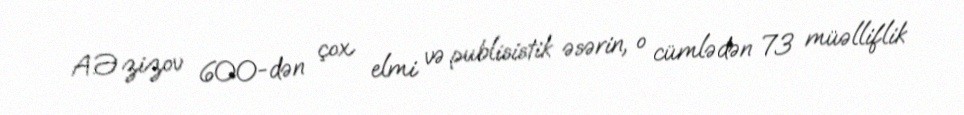
A.Əzizov 600-dən çox elmi və publisistik əsərin, o cümlədən 73 müəlliflik